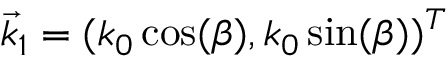
\vec { k } _ { 1 } = ( k _ { 0 } \cos ( \beta ) , k _ { 0 } \sin ( \beta ) ) ^ { T }